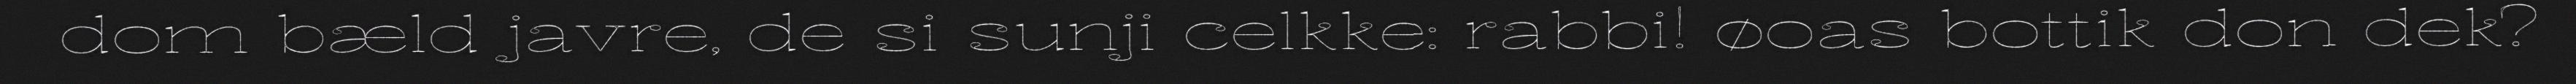
dom bæld javre, de si sunji celkke: rabbi! øoas bottik don dek?